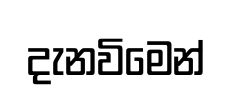
දැනවිමෙන්